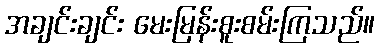
အချင်းချင်း မေးမြန်းစူးစမ်းကြသည်။